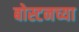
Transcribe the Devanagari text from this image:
बोस्टनच्या